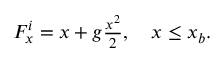
\begin{array} { r } { F _ { x } ^ { i } = x + g \frac { x ^ { 2 } } { 2 } , ~ ~ ~ x \leq x _ { b } . } \end{array}